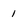
Character: 1